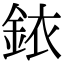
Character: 銥